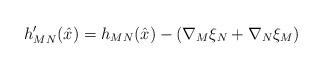
\begin{align*} h^\prime_{MN}(\hat{x}) = h_{MN}(\hat{x}) -\left( \nabla_M \xi_N + \nabla_N \xi_M\right)\end{align*}